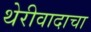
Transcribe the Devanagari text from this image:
थेरीवादाचा